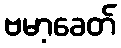
ဗမာ့ခေတ်